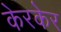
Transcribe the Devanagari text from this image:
केरकेर